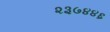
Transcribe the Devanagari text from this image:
२३७४४६